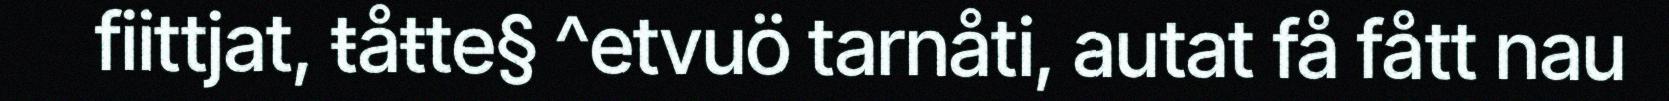
fiittjat, ŧåŧte§ ^etvuö tarnåti, autat få fått nau